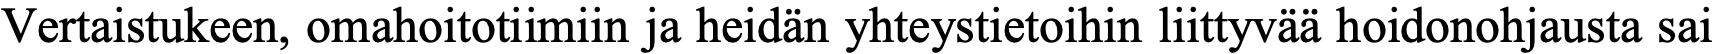
Vertaistukeen, omahoitotiimiin ja heidän yhteystietoihin liittyvää hoidonohjausta sai